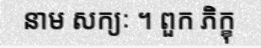
នាម សក្យៈ ។ ពួក ភិក្ខុ